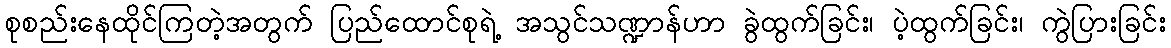
စုစည်းနေထိုင်ကြတဲ့အတွက် ပြည်ထောင်စုရဲ့ အသွင်သဏ္ဍာန်ဟာ ခွဲထွက်ခြင်း၊ ပဲ့ထွက်ခြင်း၊ ကွဲပြားခြင်း